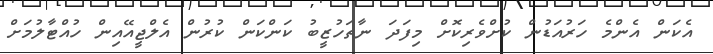
އެކަން އެންމެ ހަރުއަޑުން ކުށްވެރިކޮށް މިފަދަ ނާތަހުޒީބު ކަންކަން ކުރުން އެލްޖީއޭއިން ހުއްޓާލުމަށް